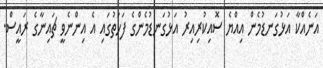
އަނެއްކާ އަޅުގަނޑުމެން އިއްޔެ ސޮއިކުރިއިރު އަޅުގަނޑުމެންގެ ފަހަތުގައި އެ އިންނެވީ ޗައިނާގެ ރައީސް.